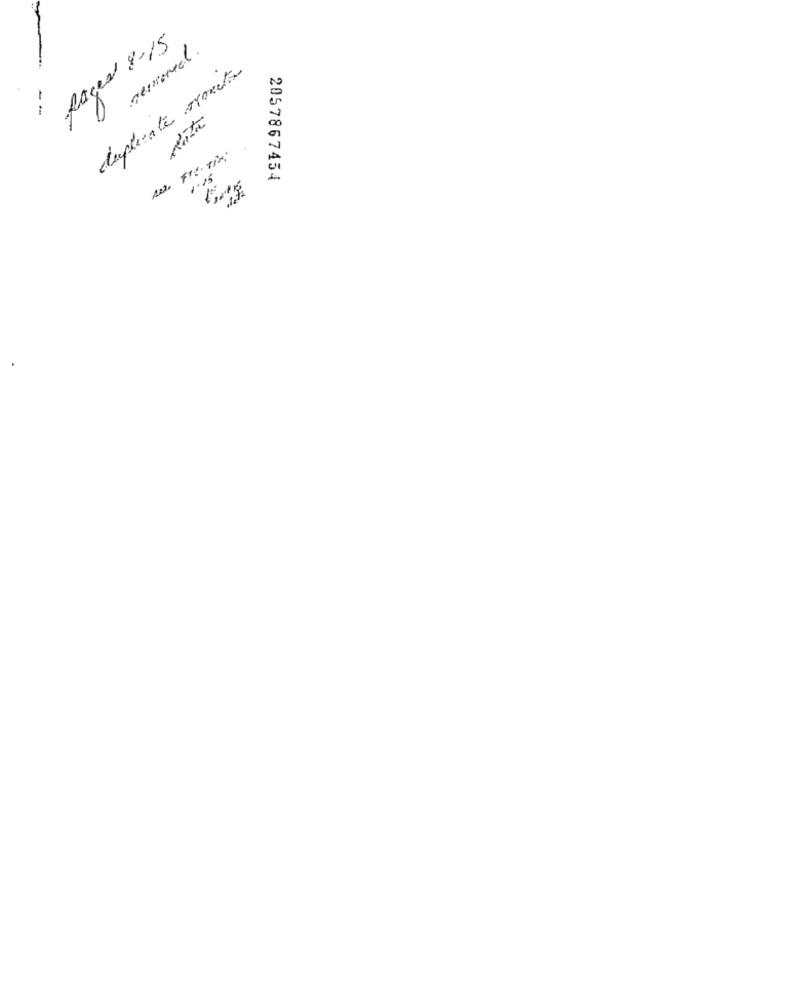
pages 8-15
serena .
duplicate monitor
1.15
2057867454